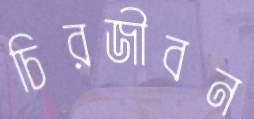
চিরজীবন